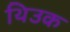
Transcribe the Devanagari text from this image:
थिउक